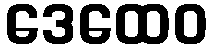
ဒေထေဝ